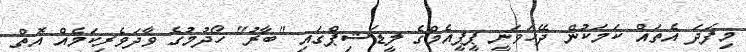
މިފަދަ އެތައް ކަމަކުން ދޭހަވަނީ ޕީޕީއެމްގެ ލީޑަޝިޕްގައި "ބާރު" ހޯދުމުގެ ވާދަވެރިކަމެއް އޮތް